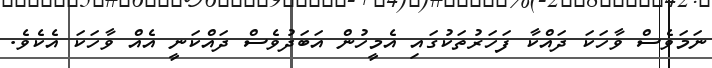
ނަމަވެސް ވާހަކަ ދައްކާ ފަހަރުތަކުގައި އެމީހުން އަބަދުވެސް ދައްކަނީ އެއް ވާހަކަ އެކެވެ.